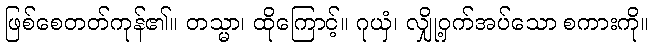
ဖြစ်စေတတ်ကုန်၏။ တသ္မာ၊ ထိုကြောင့်။ ဂုယှံ၊ လျှို့ဝှက်အပ်သော စကားကို။